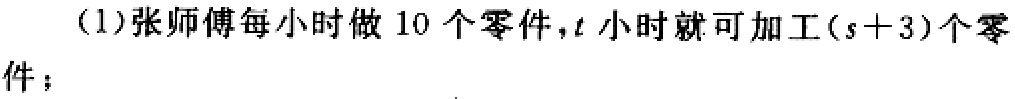
(1)张师傅每小时做$10$个零件，$t$小时就可加工$(s + 3)$个零件；